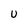
Character: U